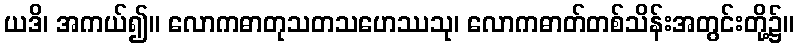
ယဒိ၊ အကယ်၍။ လောကဓာတုသတသဟေဿသု၊ လောကဓာတ်တစ်သိန်းအတွင်းတို့၌။